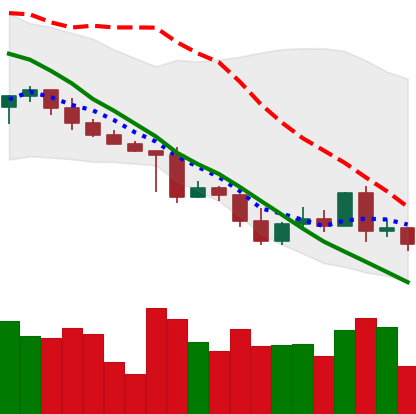
Ticker: XRP-USD
Chart end date: 2022-05-07
Forward return: -33.853%
Label: down_7plus